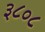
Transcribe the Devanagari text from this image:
३८०८